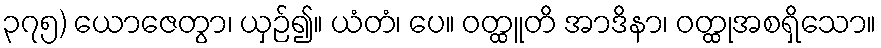
၃၇၅) ယောဇေတွာ၊ ယှဉ်၍။ ယံတံ၊ ပေ။ ဝတ္ထူတိ အာဒိနာ၊ ဝတ္ထုအစရှိသော။